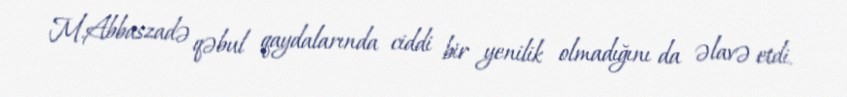
M.Abbaszadə qəbul qaydalarında ciddi bir yenilik olmadığını da əlavə etdi.